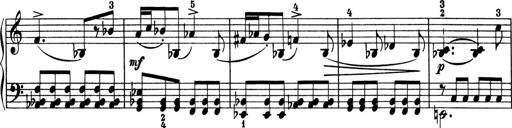
Title: 5 Sonatinen fÃ¼r die Jugend
Composer: Carl Reinecke